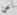
عن